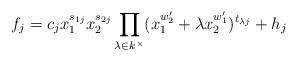
LaTeX: \begin{align*}f_j=c_jx_1^{s_{1j}}x_2^{s_{2j}}\prod_{\lambda\in k^\times}(x_1^{w'_2}+\lambda x_2^{w'_1})^{t_{\lambda j}}+h_j\end{align*}